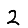
Digit: 2